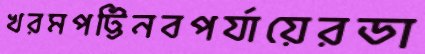
খরমপট্টিনবপর্যায়েরডা